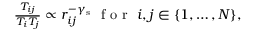
\begin{array} { r } { \frac { T _ { i j } } { T _ { i } T _ { j } } \propto r _ { i j } ^ { - \gamma _ { \mathrm { s } } } \ \textrm { f o r } \ i , j \in \{ 1 , \ldots , N \} , } \end{array}